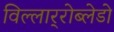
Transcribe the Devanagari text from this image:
विल्लार्‍रोब्लेडो